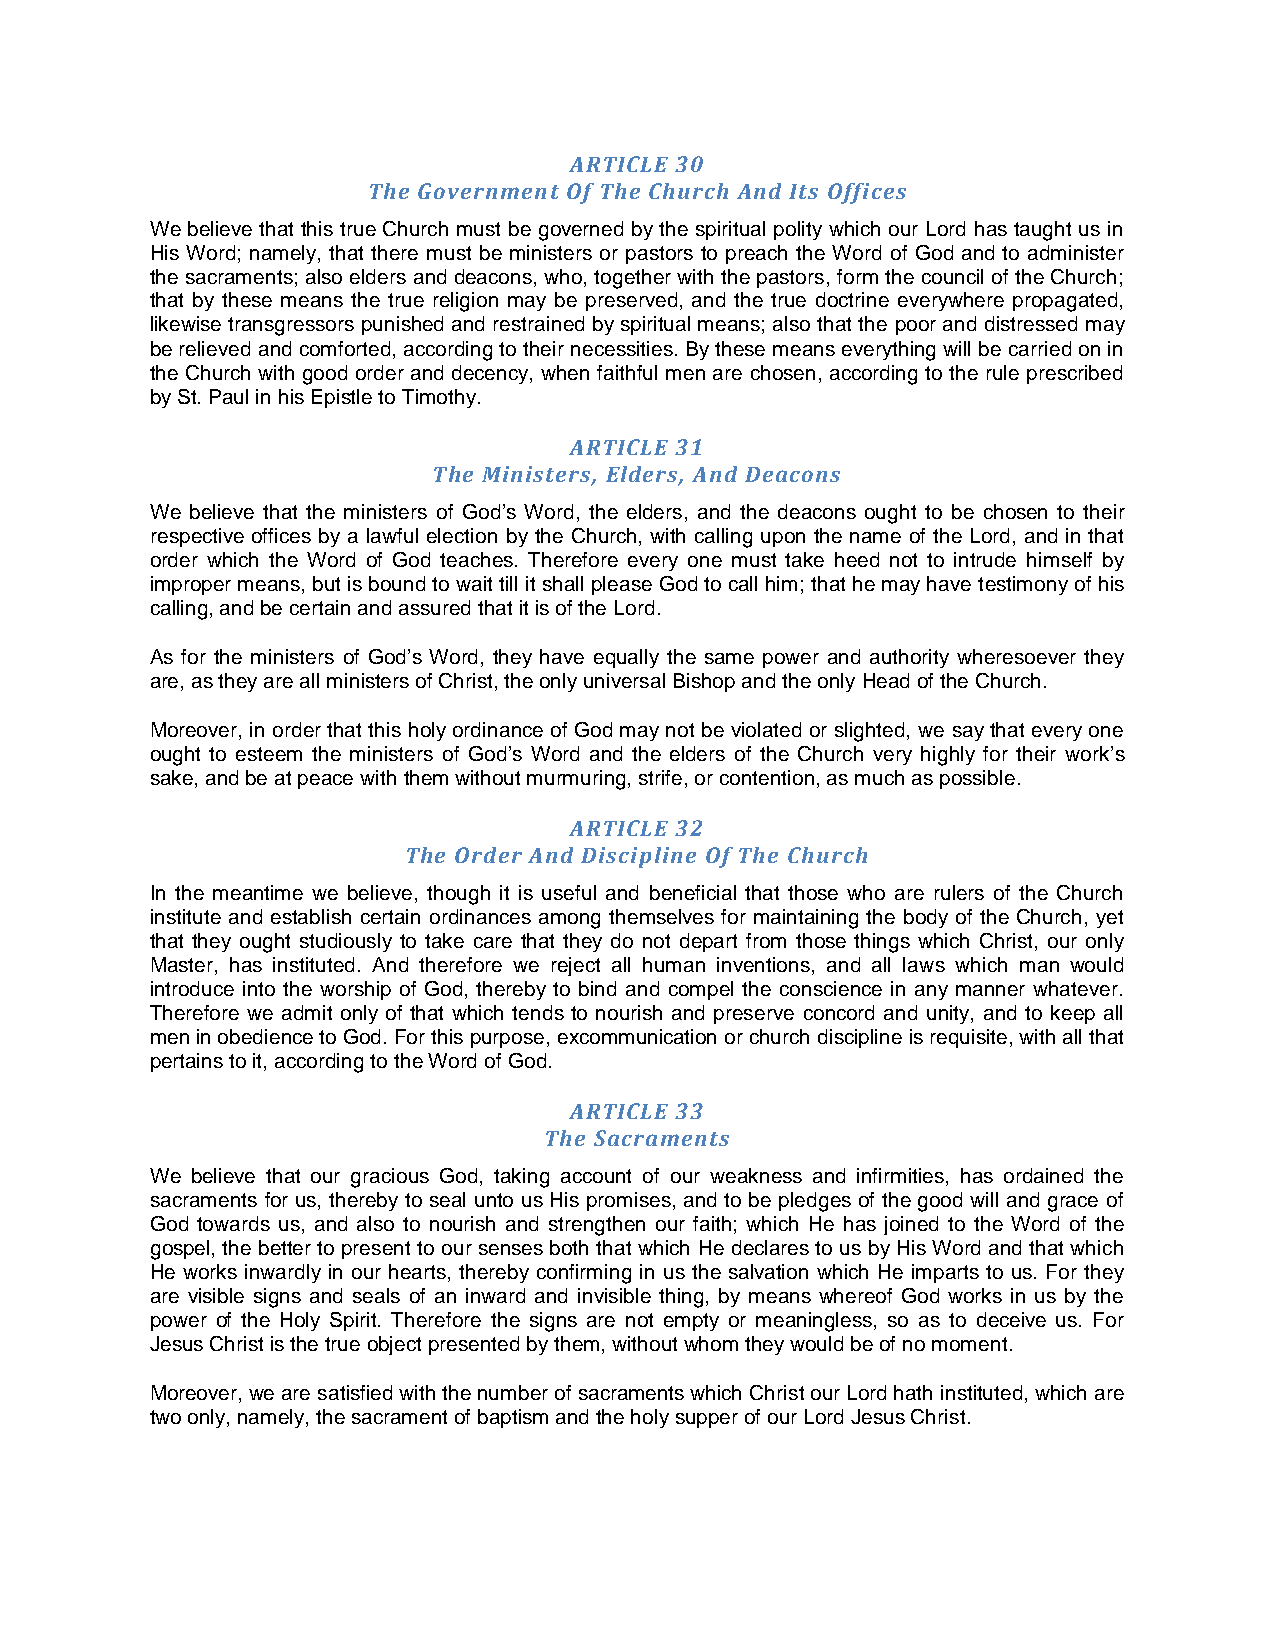
ARTICLE 30
 The Government Of The Church And Its Offices
 We believe that this true Church must be governed by the spiritual polity which our Lord has taught us in
 His Word; namely, that there must be ministers or pastors to preach the Word of God and to administer
 the sacraments; also elders and deacons, who, together with the pastors, form the council of the Church;
 that by these means the true religion may be preserved, and the true doctrine everywhere propagated,
 likewise transgressors punished and restrained by spiritual means; also that the poor and distressed may
 be relieved and comforted, according to their necessities. By these means everything will be carried on in
 the Church with good order and decency, when faithful men are chosen, according to the rule prescribed
 by St. Paul in his Epistle to Timothy.
 ARTICLE 31
 The Ministers, Elders, And Deacons
 We believe that the ministers of God’s Word, the elders, and the deacons ought to be chosen to their
 respective offices by a lawful election by the Church, with calling upon the name of the Lord, and in that
 order which the Word of God teaches. Therefore every one must take heed not to intrude himself by
 improper means, but is bound to wait till it shall please God to call him; that he may have testimony of his
 calling, and be certain and assured that it is of the Lord.
 As for the ministers of God’s Word, they have equally the same power and authority wheresoever they
 are, as they are all ministers of Christ, the only universal Bishop and the only Head of the Church.
 Moreover, in order that this holy ordinance of God may not be violated or slighted, we say that every one
 ought to esteem the ministers of God’s Word and the elders of the Church very highly for their work’s
 sake, and be at peace with them without murmuring, strife, or contention, as much as possible.
 ARTICLE 32
 The Order And Discipline Of The Church
 In the meantime we believe, though it is useful and beneficial that those who are rulers of the Church
 institute and establish certain ordinances among themselves for maintaining the body of the Church, yet
 that they ought studiously to take care that they do not depart from those things which Christ, our only
 Master, has instituted. And therefore we reject all human inventions, and all laws which man would
 introduce into the worship of God, thereby to bind and compel the conscience in any manner whatever.
 Therefore we admit only of that which tends to nourish and preserve concord and unity, and to keep all
 men in obedience to God. For this purpose, excommunication or church discipline is requisite, with all that
 pertains to it, according to the Word of God.
 ARTICLE 33
 The Sacraments
 We believe that our gracious God, taking account of our weakness and infirmities, has ordained the
 sacraments for us, thereby to seal unto us His promises, and to be pledges of the good will and grace of
 God towards us, and also to nourish and strengthen our faith; which He has joined to the Word of the
 gospel, the better to present to our senses both that which He declares to us by His Word and that which
 He works inwardly in our hearts, thereby confirming in us the salvation which He imparts to us. For they
 are visible signs and seals of an inward and invisible thing, by means whereof God works in us by the
 power of the Holy Spirit. Therefore the signs are not empty or meaningless, so as to deceive us. For
 Jesus Christ is the true object presented by them, without whom they would be of no moment.
 Moreover, we are satisfied with the number of sacraments which Christ our Lord hath instituted, which are
 two only, namely, the sacrament of baptism and the holy supper of our Lord Jesus Christ.